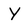
Character: Y